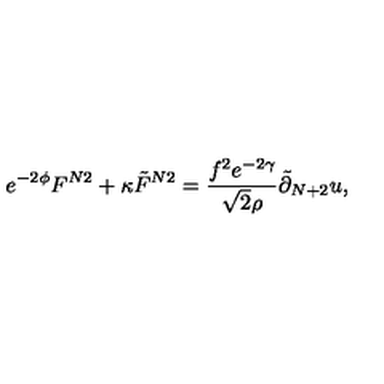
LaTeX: e ^ { - 2 \phi } F ^ { N 2 } + \kappa { \tilde { F } } ^ { N 2 } = \frac { f ^ { 2 } e ^ { - 2 \gamma } } { \sqrt { 2 } \rho } { \tilde { \partial } } _ { N + 2 } u ,